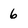
Character: 6